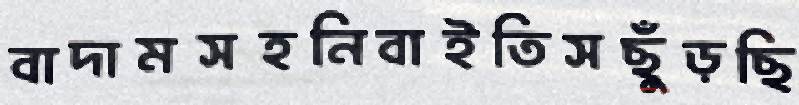
বাদামসহনিবাইতিসছুঁড়ছি